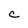
Character: c